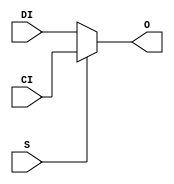
///////////////////////////////////////////////////////////////////////////////
// Copyright (c) 1995/2004 Xilinx, Inc.
// All Right Reserved.
///////////////////////////////////////////////////////////////////////////////
//   ____  ____
//  /   /\/   /
// /___/  \  /    Vendor : Xilinx
// \   \   \/     Version : 10.1
//  \   \         Description : Xilinx Functional Simulation Library Component
//  /   /                  2-to-1 Multiplexer for Carry Logic with General Output
// /___/   /\     Filename : MUXCY.v
// \   \  /  \    Timestamp : Thu Mar 25 16:42:55 PST 2004
//  \___\/\___\
//
// Revision:
//    03/23/04 - Initial version.
//    02/04/05 - Rev 0.0.1 Remove input/output bufs; Remove unnessasary begin/end;
//    05/10/07 - When input same, output same for any sel value. (CR434611).
//    08/23/07 - User block statement (CR446704).
//    12/13/11 - Added `celldefine and `endcelldefine (CR 524859).
// End Revision

`timescale  1 ps / 1 ps


`celldefine

module MUXCY (O, CI, DI, S);


`ifdef XIL_TIMING

    parameter LOC = "UNPLACED";

`endif


    output O;
    input CI, DI, S;
    
    reg O_out;

	always @(CI or DI or S) 
	    if (S)
		O_out = CI;
	    else
		O_out = DI;

    assign O = O_out;
    
`ifdef XIL_TIMING

    specify
                                                                                 
        (CI => O) = (0:0:0, 0:0:0);
        (DI => O) = (0:0:0, 0:0:0);
	(S => O) = (0:0:0, 0:0:0);
        specparam PATHPULSE$ = 0;
                                                                                 
    endspecify

`endif

endmodule

`endcelldefine